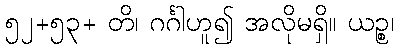
၅၂+၅၃+ တိ၊ ဂင်္ဂါဟူ၍ အလိုမရှိ။ ယဉ္စ၊